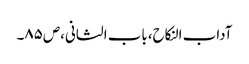
آداب النکاح،باب الثانی،ص٨٥۔